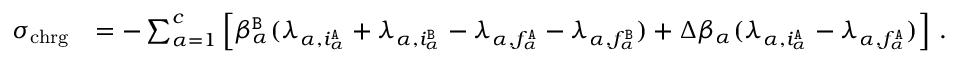
\begin{array} { r l } { \sigma _ { \mathrm { c h r g } } } & { = - \sum _ { \alpha = 1 } ^ { c } \left[ \beta _ { \alpha } ^ { \tt B } ( \lambda _ { \alpha , i _ { \alpha } ^ { \tt A } } + \lambda _ { \alpha , i _ { \alpha } ^ { \tt B } } - \lambda _ { \alpha , f _ { \alpha } ^ { \tt A } } - \lambda _ { \alpha , f _ { \alpha } ^ { \tt B } } ) + \Delta \beta _ { \alpha } ( \lambda _ { \alpha , i _ { \alpha } ^ { \tt A } } - \lambda _ { \alpha , f _ { \alpha } ^ { \tt A } } ) \right] \, . } \end{array}